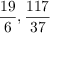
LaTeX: { \frac { 1 9 } { 6 } } , { \frac { 1 1 7 } { 3 7 } }